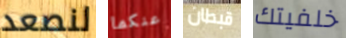
لنصعد عنكما قبطان خلفيتك